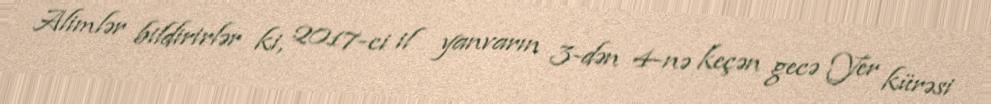
Alimlər bildirirlər ki, 2017-ci il yanvarın 3-dən 4-nə keçən gecə Yer kürəsi